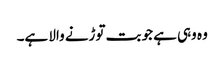
وہ وہی ہے جو بت توڑنے والا ہے۔